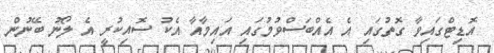
އޮޑިޓްގައިވާ ގޮތުގައި އެ އެއްބަސްވުމުގައި އައިމާއާ އެކު ސޮއިކުރީ އެ ލޯނު ބޭނުން